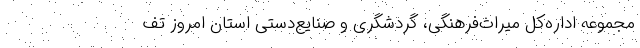
مجموعه اداره‌کل میراث‌فرهنگی، گردشگری و صنایع‌دستی استان امروز تف